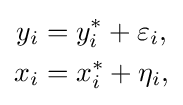
{\begin{aligned}y_{i}&=y_{i}^{*}+\varepsilon _{i},\\x_{i}&=x_{i}^{*}+\eta _{i},\end{aligned}}